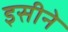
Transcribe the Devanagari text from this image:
इसीने